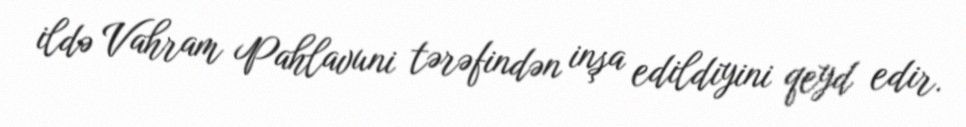
ildə Vahram Pahlavuni tərəfindən inşa edildiyini qeyd edir.